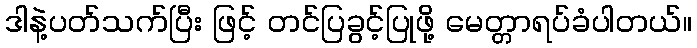
ဒါနဲ့ပတ်သက်ပြီး ဖြင့် တင်ပြခွင့်ပြုဖို့ မေတ္တာရပ်ခံပါတယ်။